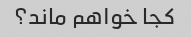
کجا خواهم ماند؟